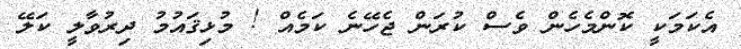
އެކަމަކީ ކޮންމެހެން ވެސް ކުރަން ޖެހޭނެ ކަމެއް ! މުޅިޤައުމު ދިރުވާލީ ކަލޭ